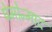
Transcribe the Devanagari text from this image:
प्रेमोन्माद